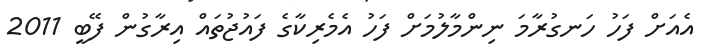
އެއަށް ފަހު ހަނގުރާމަ ނިންމާލުމަށް ފަހު އެމެރިކާގެ ފައުޖުތައް އިރާގުން ފޭބީ 2011